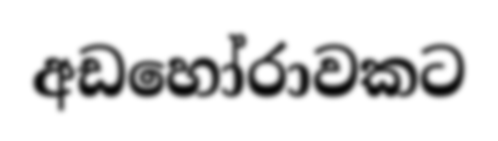
අඩහෝරාවකට